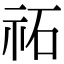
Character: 祏